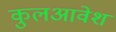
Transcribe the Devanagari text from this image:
कुलआवेश